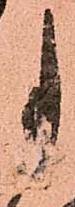
事